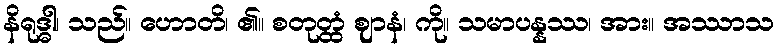
နိရုဒ္ဓါ၊ သည်။ ဟောတိ၊ ၏။ စတုတ္ထံ ဈာနံ၊ ကို။ သမာပန္နဿ၊ အား။ အဿာသ